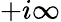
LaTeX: +i\infty